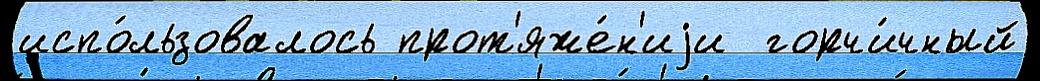
испо́льзовалось прот'яже́н'иjи  горчи́чный